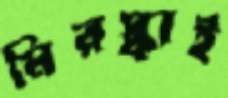
মিরস্কাই